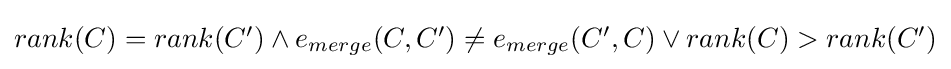
{\textstyle rank(C)=rank(C')\land e_{merge}(C,C')\neq e_{merge}(C',C)\lor rank(C)>rank(C')}